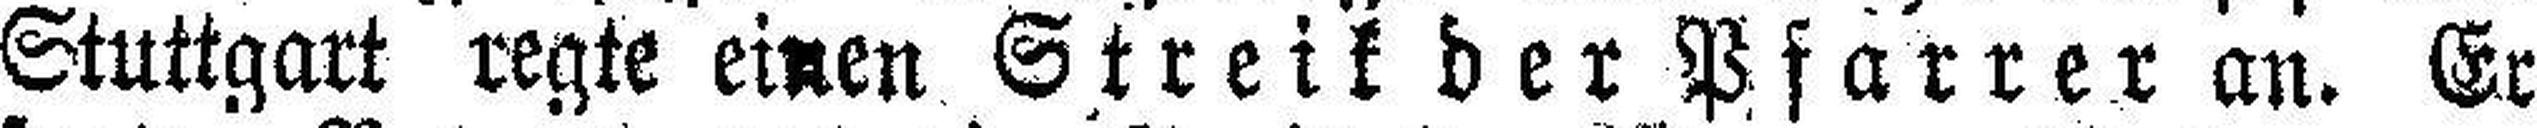
Stuttgart regte einen Streik der Pfarrer an. Er